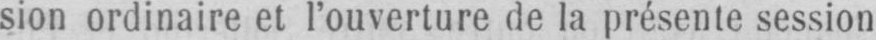
sion ordinaire et l’ouverture de la présente session